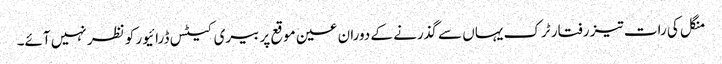
منگل کی رات تیز رفتار ٹرک یہاں سے گذرنے کے دوران عین موقع پر بیری کیٹس ڈرائیور کو نظر نہیں آئے۔